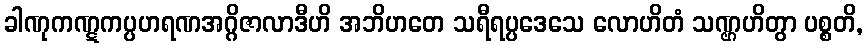
ခါဏုကဏ္ဋကပ္ပဟရဏအဂ္ဂိဇာလာဒီဟိ အဘိဟတေ သရီရပ္ပဒေသေ လောဟိတံ သဏ္ဌဟိတွာ ပစ္စတိ,